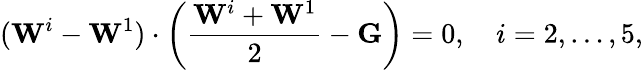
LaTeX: (\mathbf{W}^{i}-\mathbf{W}^{1})\cdot\left({\frac{\mathbf{W}^{i}+\mathbf{W}^{1}}{2}}-\mathbf{G}\right)=0,\quad i=2,\ldots,5,